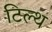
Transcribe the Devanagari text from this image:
टिल्थ